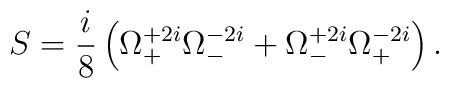
S=\frac{i}{8}\left(\Omega^{+2i}_+\Omega^{-2i}_-+\Omega^{+2i}_-\Omega^{-2i}_+\right).